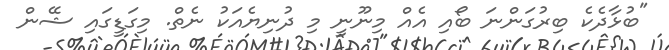
"ބުޅާދެކެ ބިރުގަންނަ ބޯއި އެއް މިނޫނީ މި ދުނިޔެއަކު ނެތް. މިގަޑީގައި ޝޭން